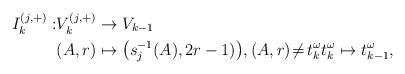
LaTeX: \begin{align*}I^{(j,+)}_k: &V^{(j,+)}_{k}\to V_{k-1}\\ &(A,r)\mapsto \big(s_j^{-1}(A), 2r-1)\big), (A,r)\!\not=\!t_{k}^\omega t_{k}^\omega\mapsto t_{k-1}^\omega,\end{align*}